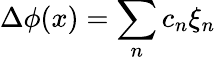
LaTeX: \Delta\phi(x)=\sum_{n}c_{n}\xi_{n}